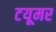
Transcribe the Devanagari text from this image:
टयूमर